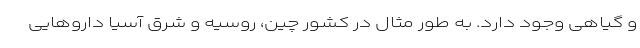
و گیاهی وجود دارد. به طور مثال در کشور چین، روسیه و شرق آسیا داروهایی